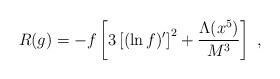
LaTeX: \begin{align*}R(g)=-f\left[3\left[(\ln f)^\prime\right]^2+\frac{\Lambda(x^5)}{M^3} \right] \; , \end{align*}